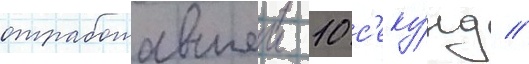
отработавшеи 10 с'еку́нд //